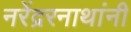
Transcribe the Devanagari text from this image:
नरेंद्ररनाथांनी